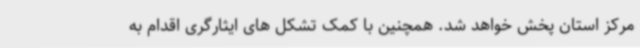
مرکز استان پخش خواهد شد. همچنین با کمک تشکل های ایثارگری اقدام به